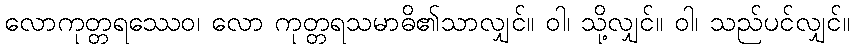
လောကုတ္တရဿေဝ၊ လော ကုတ္တရသမာဓိ၏သာလျှင်။ ဝါ၊ သို့လျှင်။ ဝါ၊ သည်ပင်လျှင်။